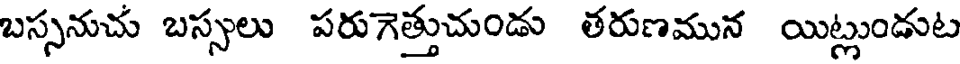
బస్సనుచు బస్సలు పరుగెత్తుచుండు తరుణమున యిట్లుండుట